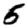
Digit: 5